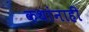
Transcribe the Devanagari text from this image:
कथांनाही